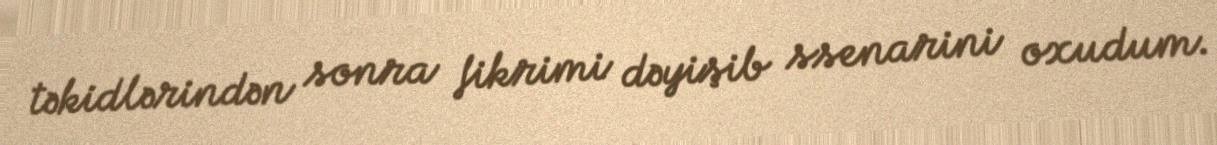
təkidlərindən sonra fikrimi dəyişib ssenarini oxudum.